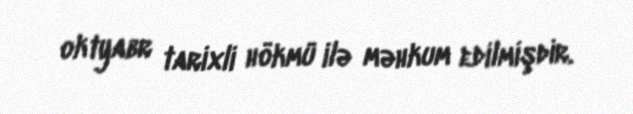
oktyabr tarixli hökmü ilə məhkum edilmişdir.